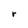
Character: r